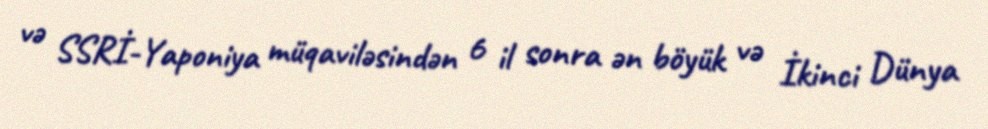
və SSRİ-Yaponiya müqaviləsindən 6 il sonra ən böyük və İkinci Dünya